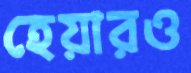
হেয়ারও